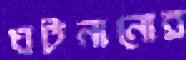
ঘটনানোর